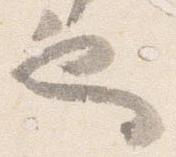
也